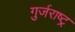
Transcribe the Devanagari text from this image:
गुर्जराष्ट्र